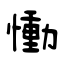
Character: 慟